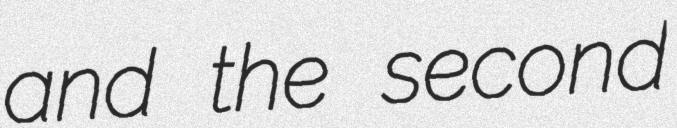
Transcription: and the second